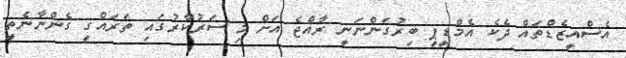
އެސްއީޒެޑްތައް ދެކެ އެމްޑީޕީ ބިރުގަންނަނީ ރާއްޖެ އަށް މި ސަރުކާރުގައި ތަރައްގީ ގެންނާނެތީ